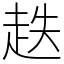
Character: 趃